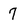
Character: 7